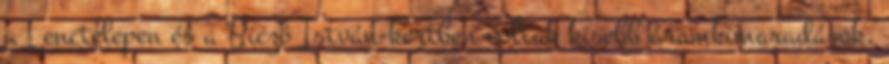
a Lenctelepen és a Biczó István-kertben voltak kisebb áramkimaradások,